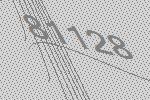
81128